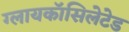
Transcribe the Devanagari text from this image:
ग्लायकॉसिलेटेड